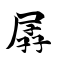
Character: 孱